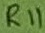
Text: R11